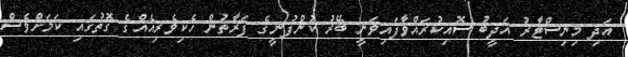
އަދި މިނިސްޓާރު އަދީބު ސޮއިކުރައްވާފައިވަނީ ބޭރު ކުންފުނީގެ ފަރާތުން ހެކިވެރިއެއްގެ ގޮތުގައި ކަމަށްވެސް